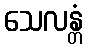
သေလန္တံ